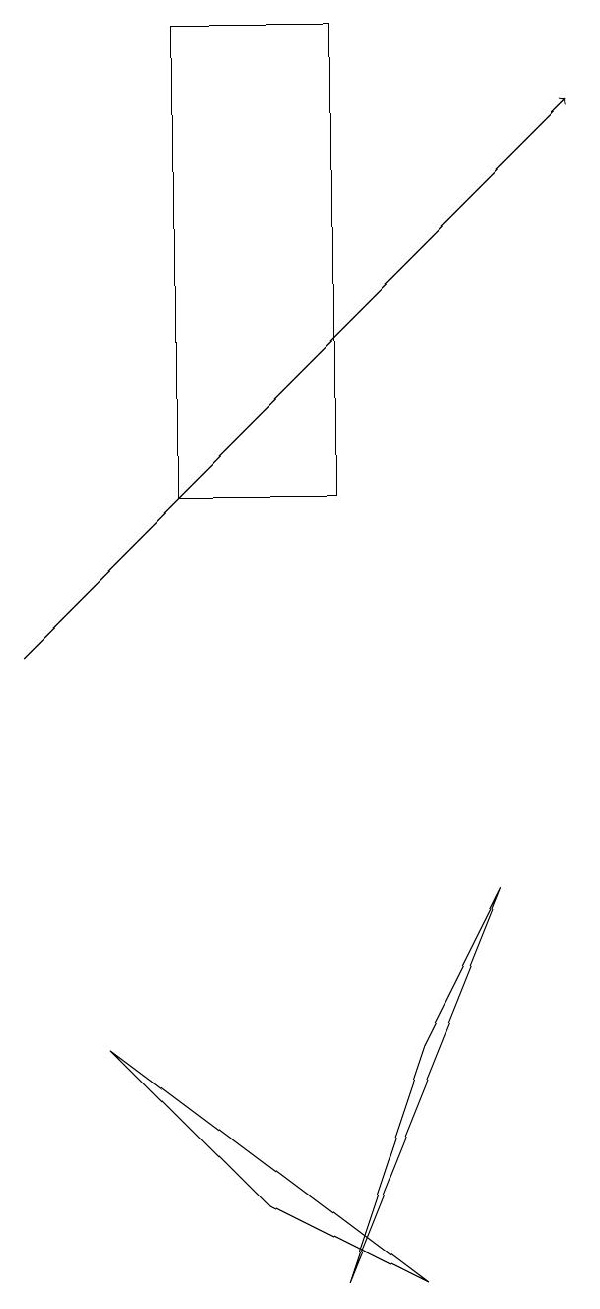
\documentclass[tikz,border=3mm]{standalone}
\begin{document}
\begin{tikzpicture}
\draw[->] (2,11) -- (9,18);
\draw (6,19) rectangle (4,13);
\draw (7,6) -- (6,3) -- (8,8) -- cycle;
\draw (7,3) -- (5,4) -- (3,6) -- cycle;
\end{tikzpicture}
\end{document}